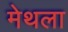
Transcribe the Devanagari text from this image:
मेथला